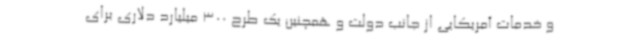
و خدمات آمریکایی از جانب دولت و همچنین یک طرح 300 میلیارد دلاری برای